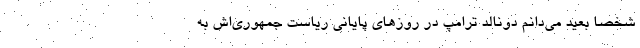
شخصا بعید می‌دانم دونالد ترامپ در روزهای پایانی ریاست جمهوری‌اش به